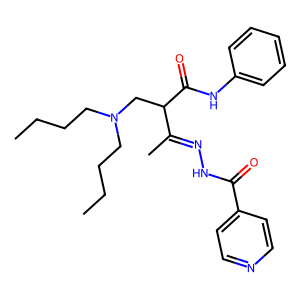
SMILES: CCCCN(CCCC)CC(C(=O)Nc1ccccc1)C(C)=NNC(=O)c1ccncc1
Inhibits HIV replication: No